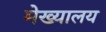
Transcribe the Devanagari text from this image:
मेख्यालय